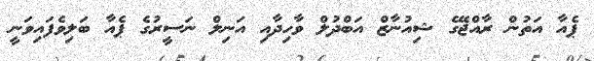
ޕެއާ އަތުން ރާއްޖޭގެ ޝިއުނާޒް އަބްދުލް ވާހިދާއި އަނިލް ނަސީރުގެ ޕެއާ ބަލިވެފައިވަނީ